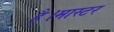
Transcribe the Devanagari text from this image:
है।मास्‍टर